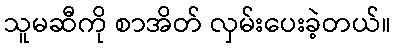
သူမဆီကို စာအိတ် လှမ်းပေးခဲ့တယ်။